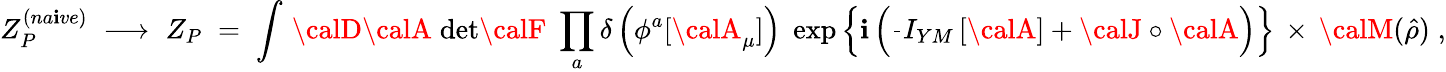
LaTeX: Z_{P}^{(na\mathbf{i}ve)}\; \longrightarrow\; Z_{P}\; =\; \int\, {\calD}{\calA}\; \mathrm{{det}}{\calF}\; \prod_{a}\delta\left(\phi^{a}[{\calA}_{\mu}]\right)\; \exp\left\{ \mathbf{i}\left(\frac{{}}{{}}I_{YM}\left[{\calA}\right]+{\calJ}\circ{\calA}\right)\right\} \, \times\, {\calM}(\hat{{\rho}})\; ,